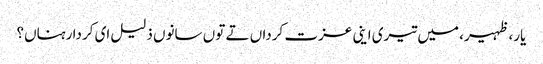
یار، ظہیر، میں تیری اینی عزت کرداں تے توں سانوں ذلیل ای کردا رہناں؟